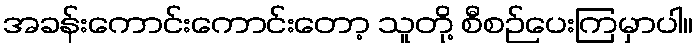
အခန်းကောင်းကောင်းတော့ သူတို့ စီစဉ်ပေးကြမှာပါ။